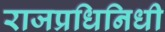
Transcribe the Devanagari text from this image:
राजप्रधिनिधी